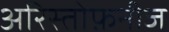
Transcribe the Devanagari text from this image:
अरिस्तोफ़नीज